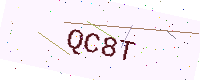
Text: QC8T